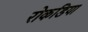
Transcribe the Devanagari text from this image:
रोकडिया